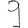
Digit: 9